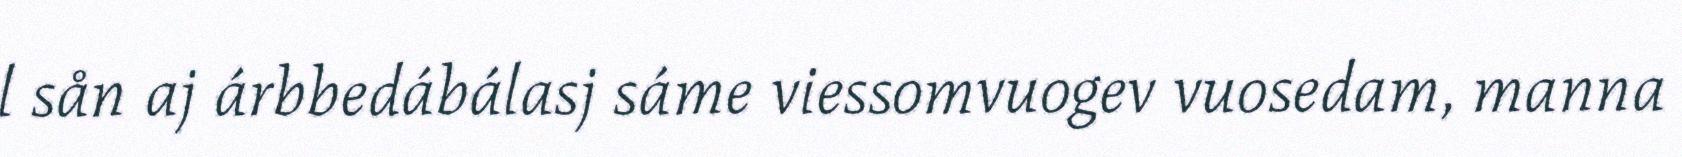
l sån aj árbbedábálasj sáme viessomvuogev vuosedam, manna